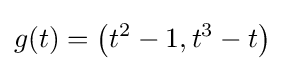
g(t)=\left(t^{2}-1,t^{3}-t\right)